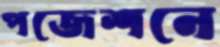
পজেশনে